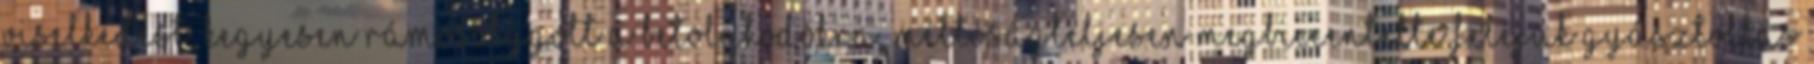
viselkedést, kegyesen rámosolygott a betolakodókra, méltóságteljesen megbiccentette feléjük gyásztollas